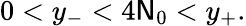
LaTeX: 0<y_{-}<4\mathsf{N}_{0}<y_{+}.